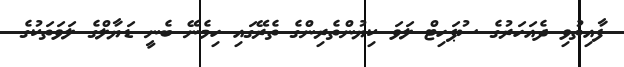
ފާއިތުވި ދެއަހަރުގެ ސުޕަހިޓް ލަވަ ކިޔުންތެރިންގެ ތެރޭގައި ހިމެނޭ ބެނީ ޑަޔާލްގެ ލަވަތަކުގެ